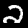
Label: 2